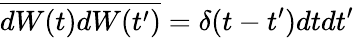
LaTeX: \overline{{dW(t)dW(t^{\prime})}}=\delta(t-t^{\prime})dtdt^{\prime}